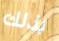
بذلك